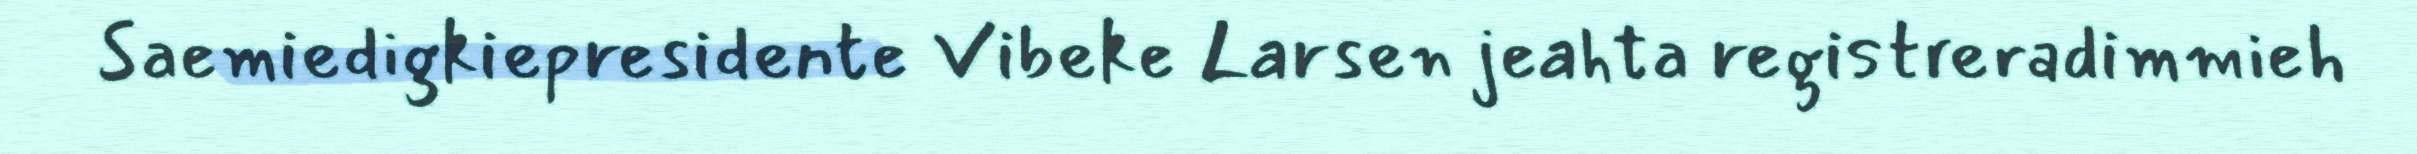
Saemiedigkiepresidente Vibeke Larsen jeahta registreradimmieh